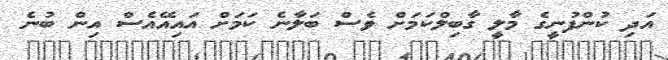
އަދި ކުންފުނީގެ މާލީ ގާބިލްކަމަށް ވެސް ބަލާނެ ކަމަށް އައިއޭއެސް އިން ބުނެ